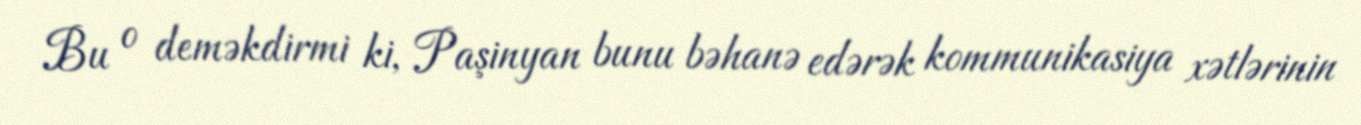
Bu o deməkdirmi ki, Paşinyan bunu bəhanə edərək kommunikasiya xətlərinin